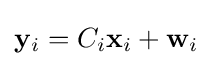
\mathbf {y} _{i}=C_{i}\mathbf {x} _{i}+\mathbf {w} _{i}